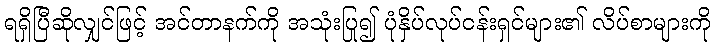
ရရှိပြီဆိုလျှင်ဖြင့် အင်တာနက်ကို အသုံးပြု၍ ပုံနှိပ်လုပ်ငန်းရှင်များ၏ လိပ်စာများကို